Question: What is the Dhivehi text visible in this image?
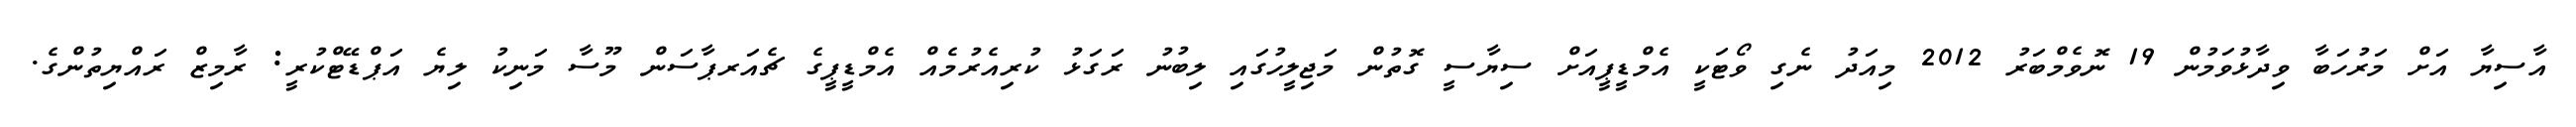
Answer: އާސިޔާ އަށް މަރުހަބާ ވިދާޅުވަމުން 19 ނޮވެމްބަރު 2012 މިއަދު ނެގި ވޯޓަކީ އެމްޑީޕީއަށް ސިޔާސީ ގޮތުން މަޖިލީހުގައި ލިބުނު ރަގަޅު ކުރިއެރުމެއް އެމްޑީޕީގެ ޗެއަރޕާސަން މޫސާ މަނިކު ލިޔެ އަޕްޑޭޓްކުރީ: ރާމިޒް ރައްޔިތުންގެ.